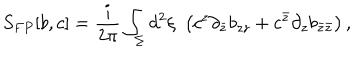
LaTeX: S _ { F P } [ b , c ] = \frac { i } { 2 \pi } \int _ { \Sigma } d ^ { 2 } \xi \, \, \left( c ^ { z } \partial _ { \bar { z } } b _ { z z } + c ^ { \bar { z } } \partial _ { z } b _ { \bar { z } \bar { z } } \right) ,